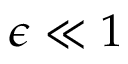
\epsilon \ll 1